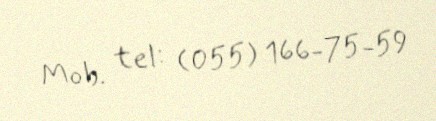
Mob. tel: (055) 166-75-59